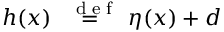
h ( x ) \stackrel { \mathrm { ~ \tiny ~ { ~ d ~ e ~ f ~ } ~ } } { = } \eta ( x ) + d